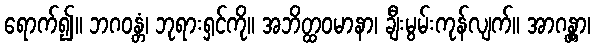
ရောက်၍။ ဘဂဝန္တံ၊ ဘုရားရှင်ကို။ အဘိတ္ထဝမာနာ၊ ချီးမွမ်းကုန်လျက်။ အာဂန္တွာ၊